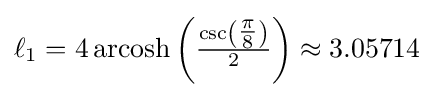
\ell _{1}=4\operatorname {\rm {arcosh}} \left({\tfrac {\csc \left({\tfrac {\pi }{8}}\right)}{2}}\right)\approx 3.05714